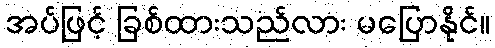
အပ်ဖြင့် ခြစ်ထားသည်လား မပြောနိုင်။